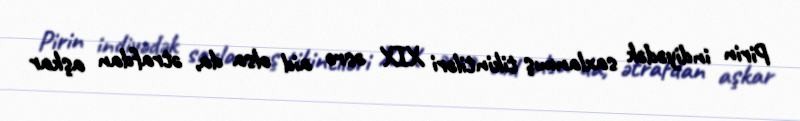
Pirin indiyədək saxlanmış tikintiləri XIX əsrə aid olsa da, ətrafdan aşkar